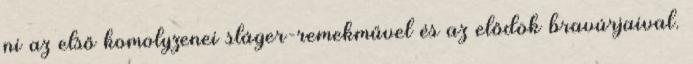
ni az első komolyzenei sláger-remekművel és az elődök bravúrjaival.